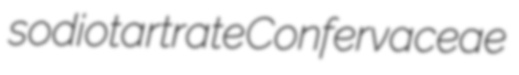
sodiotartrate Confervaceae